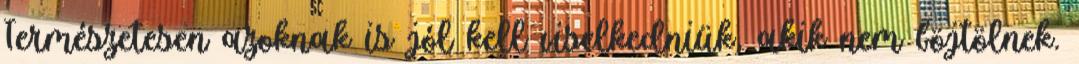
Természetesen azoknak is jól kell viselkedniük, akik nem böjtölnek.